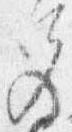
色